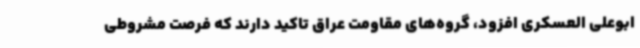
ابوعلی العسکری افزود، گروه‌های مقاومت عراق تاکید دارند که فرصت مشروطی